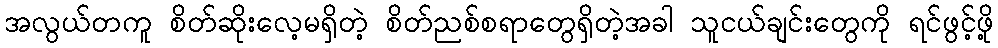
အလွယ်တကူ စိတ်ဆိုးလေ့မရှိတဲ့ စိတ်ညစ်စရာတွေရှိတဲ့အခါ သူငယ်ချင်းတွေကို ရင်ဖွင့်ဖို့